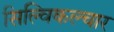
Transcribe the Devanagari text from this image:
सिल्विकल्चार